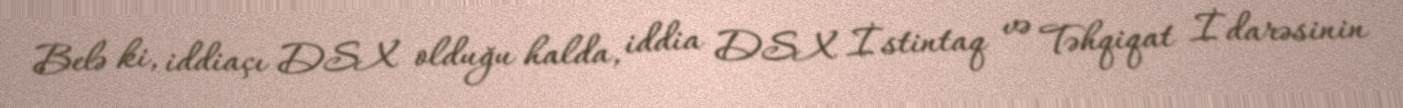
Belə ki, iddiaçı DSX olduğu halda, iddia DSX İstintaq və Təhqiqat İdarəsinin